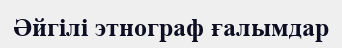
Әйгілі этнограф ғалымдар